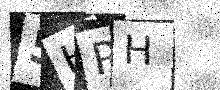
Text: 5HPH